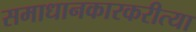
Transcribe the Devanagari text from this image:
समाधानकारकरीत्या